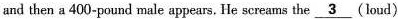
and then a 400-pound male appears. He screams the \underline{3} (loud)